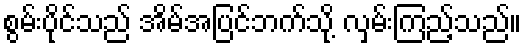
စွမ်းပိုင်သည် အိမ်အပြင်ဘက်သို့ လှမ်းကြည့်သည်။